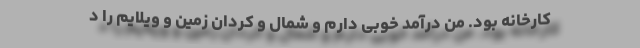
کارخانه بود. من درآمد خوبی دارم و شمال و کردان زمین و ویلایم را د